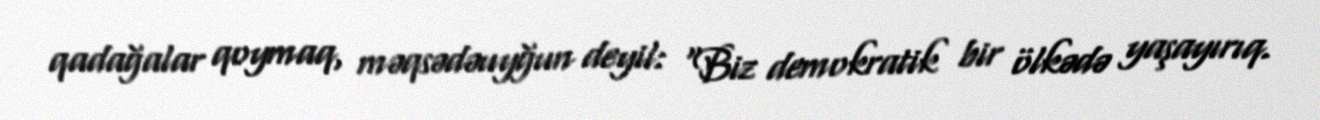
qadağalar qoymaq, məqsədəuyğun deyil: “Biz demokratik bir ölkədə yaşayırıq.